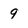
Character: 9